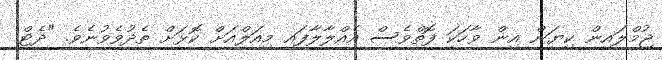
ޖުމްލައިން ކިޔަން އިން ވާހަކަ ފޮތްވެސް އެއްލާލާފައި މިއަލްއަށް ކޮޅަށް ތެދުވެވުނެވެ. "ދެޓް